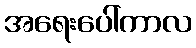
အရေးပေါ်ကာလ